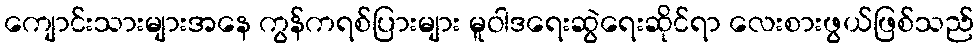
ကျောင်းသားများအနေ ကွန်ကရစ်ပြားများ မူဝါဒရေးဆွဲရေးဆိုင်ရာ လေးစားဖွယ်ဖြစ်သည်